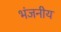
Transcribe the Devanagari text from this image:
भंजनीय